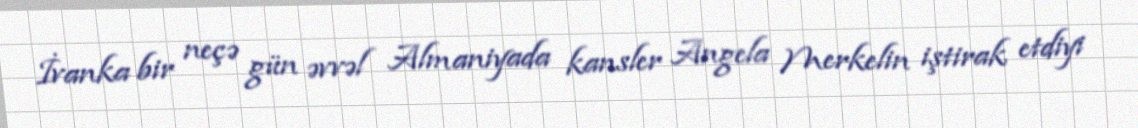
İvanka bir neçə gün əvvəl Almaniyada kansler Angela Merkelin iştirak etdiyi